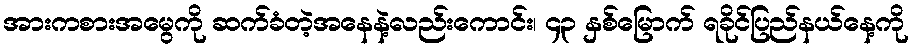
အားကစားအမွေကို ဆက်ခံတဲ့အနေနဲ့လည်းကောင်း၊ ၄၃ နှစ်မြောက် ရခိုင်ပြည်နယ်နေ့ကို